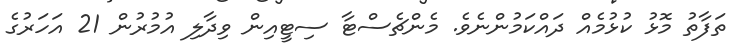
ތަފާތު މޮޅު ކުޅުމެއް ދައްކަމުންނެވެ. މެންޗެސްޓާ ސިޓީއިން ވިދާލި އުމުރުން 21 އަހަރުގެ